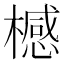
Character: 𣛴